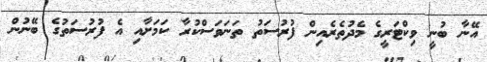
އޭނާ ބުނީ ވިކްޓަރީގެ މެދުތެރެއިން ފުރުސަތު ތަނަވަސްކުރާ ކަމަށާއި އެ ފުރުސަތުގެ ބޭނުން